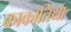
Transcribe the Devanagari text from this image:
काकातिया